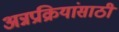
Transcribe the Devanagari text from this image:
अन्नप्रक्रियांसाठी